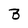
Character: B